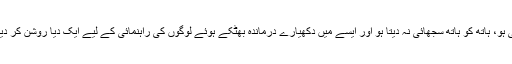
اس کا سادہ جواب یہی ہے کہ اگر کہیں گھپ اندھیرا ہو، ہر سو تاریکی ہی تاریکی ہو، ہاتھ کو ہاتھ سجھائی نہ دیتا ہو اور ایسے میں دکھیارے درماندہ بھٹکے ہوئے لوگوں کی راہنمائی کے لیے ایک دیا روشن کر دیا جائے تو آپ جانتے ہیں، اس دیے کی روشنی سے اندھیرے کافور ہوجائیں گے۔